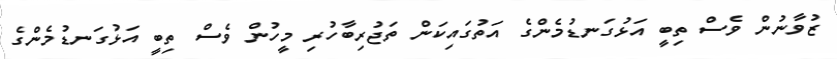
ޒުވާނުން ވެސް ތިބީ އަޅުގަނޑުމެންގެ އަތުގައިކަން ތަޖުރިބާހުރި މީހުން ވެސް ތިބީ އަޅުގަނޑުމެންގެ